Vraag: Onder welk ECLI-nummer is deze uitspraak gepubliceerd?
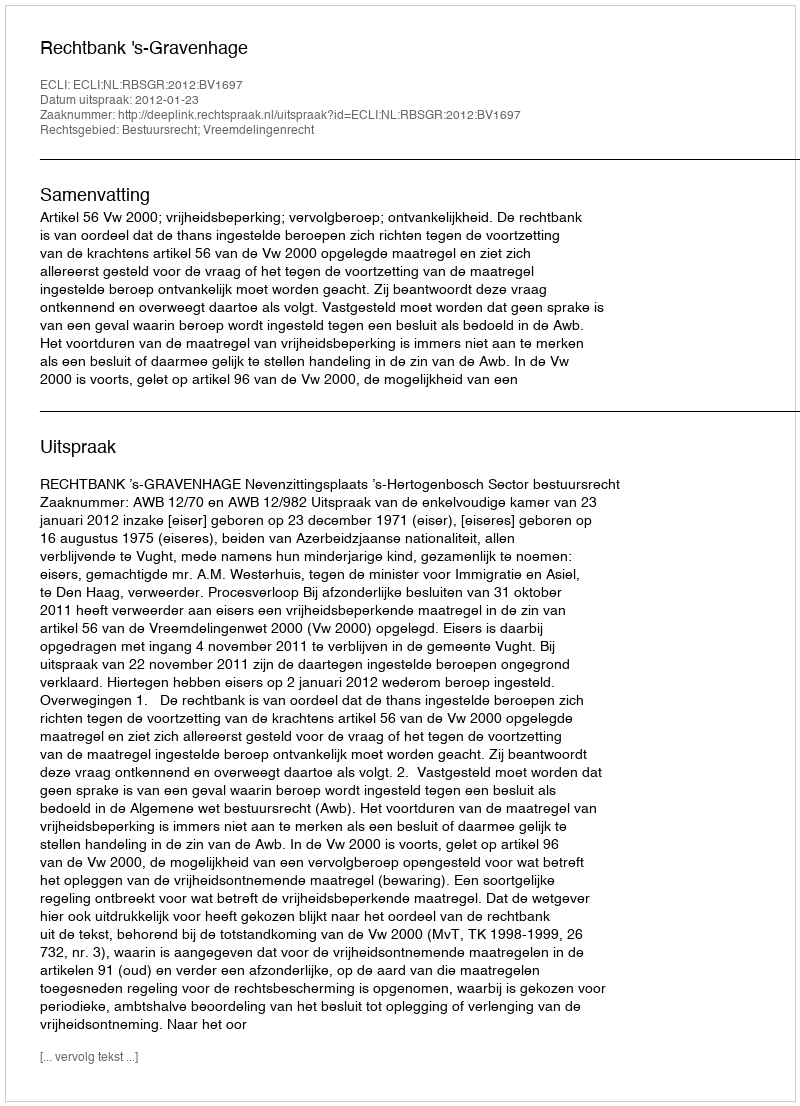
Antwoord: ECLI:NL:RBSGR:2012:BV1697